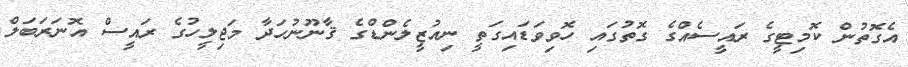
އެގޮތުން ކޮމިޓީގެ ރައީސެއްގެ ގޮތުގައި ހޮވިވަޑައިގަތީ ނިއުޒީލެންޑްގެ ޤާނޫނުހަދާ މަޖިލީހުގެ ރައީސް އޮނަރަބަލް